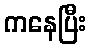
ကနေပြီး